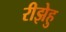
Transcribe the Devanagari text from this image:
रीझेहु